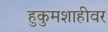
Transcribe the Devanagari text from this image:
हुकुमशाहीवर